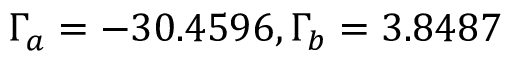
\Gamma _ { a } = - 3 0 . 4 5 9 6 , \Gamma _ { b } = 3 . 8 4 8 7